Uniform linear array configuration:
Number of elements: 24
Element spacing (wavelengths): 1
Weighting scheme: cosine
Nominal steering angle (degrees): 45
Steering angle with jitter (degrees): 46.814
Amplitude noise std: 0.05
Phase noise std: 0.05

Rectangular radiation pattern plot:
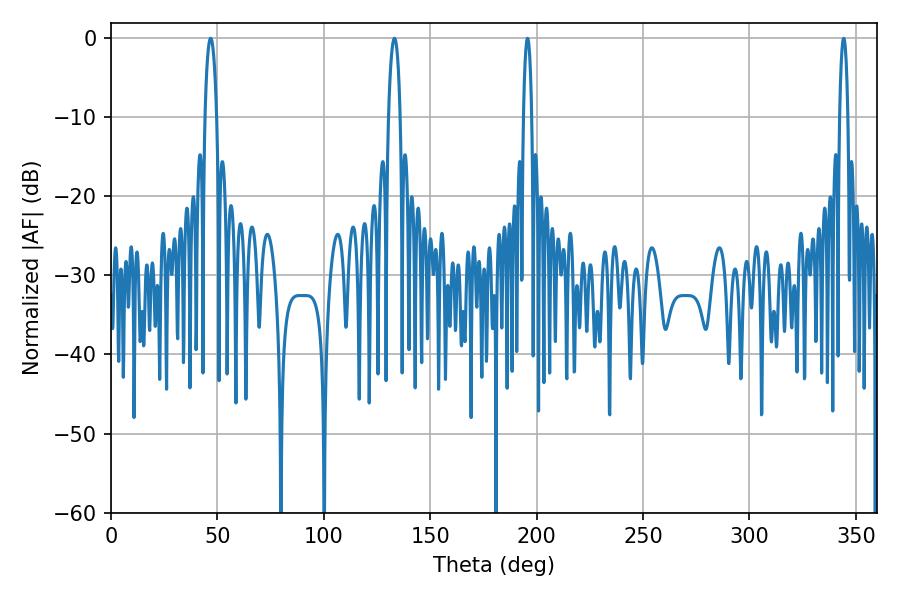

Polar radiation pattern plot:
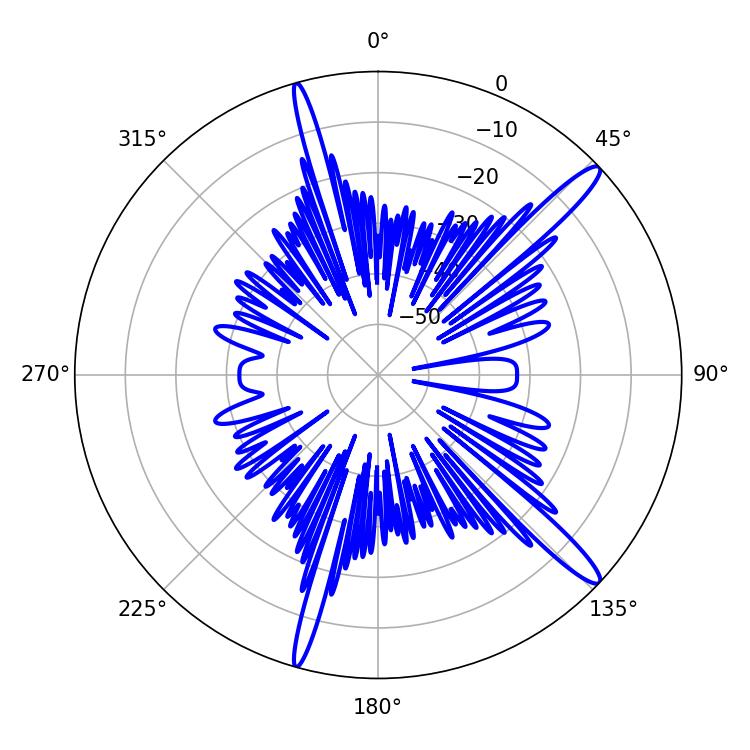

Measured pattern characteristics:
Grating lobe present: TRUE
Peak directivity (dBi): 14.873
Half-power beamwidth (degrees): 3.06
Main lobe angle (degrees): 46.8